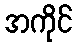
အကိုင်